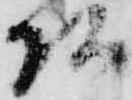
頭